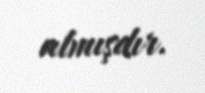
almışdır.